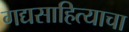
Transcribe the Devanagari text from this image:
गद्यसाहित्याचा